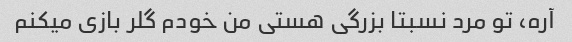
آره، تو مرد نسبتا بزرگی هستی من خودم گلر بازی میکنم